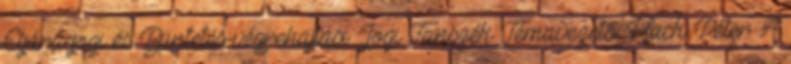
Eljárásjogi és Büntetés-végrehajtási Jogi Tanszék Témavezető: Hack Péter A